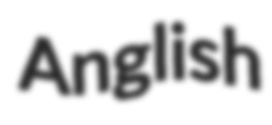
Anglish